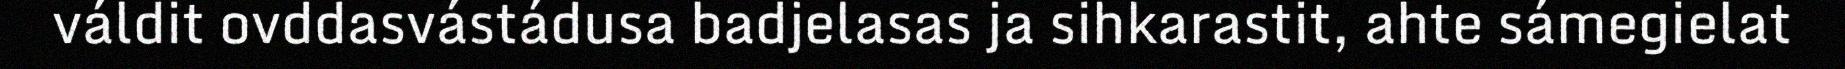
váldit ovddasvástádusa badjelasas ja sihkarastit, ahte sámegielat